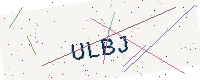
Text: ULBJ